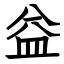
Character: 益